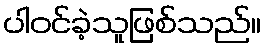
ပါဝင်ခဲ့သူဖြစ်သည်။